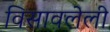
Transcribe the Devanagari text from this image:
विसावलेली